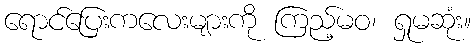
ရောင်ပြေးကလေးများကို ကြည့်မဝ၊ ရှုမဆုံး။